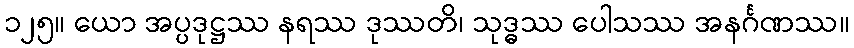
၁၂၅။ ယော အပ္ပဒုဋ္ဌဿ နရဿ ဒုဿတိ၊ သုဒ္ဓဿ ပေါသဿ အနင်္ဂဏဿ။